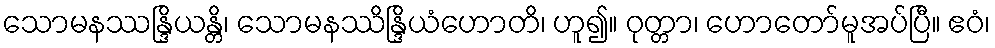
သောမနဿန္ဒြိယန္တိ၊ သောမနဿိန္ဒြိယံဟောတိ၊ ဟူ၍။ ဝုတ္တာ၊ ဟောတော်မူအပ်ပြီ။ ဧဝံ၊